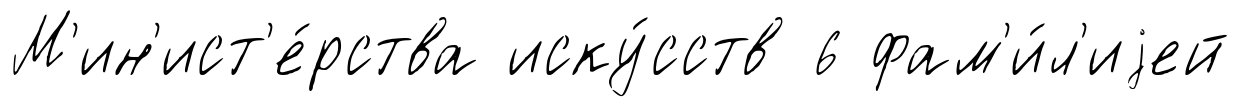
М'ин'ист'е́рства иску́сств 6 фам'и́л'иjей